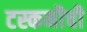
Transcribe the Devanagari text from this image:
टस्कनीची